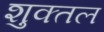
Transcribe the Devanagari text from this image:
शुक्तल